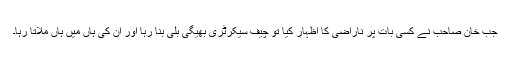
جب خان صاحب نے کسی بات پر ناراضی کا اظہار کیا تو چیف سیکرٹری بھیگی بلی بنا رہا اور ان کی ہاں میں ہاں ملاتا رہا۔